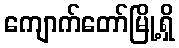
ကျောက်တော်မြို့ရှိ